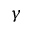
\gamma